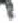
אות: ך